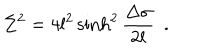
\Sigma ^ { 2 } = 4 l ^ { 2 } \sinh ^ { 2 } { \frac { \Delta \sigma } { 2 l } } ~ ~ .